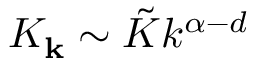
K _ { \mathbf { k } } \sim \tilde { K } k ^ { \alpha - d }